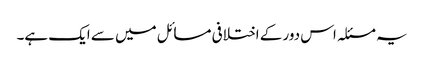
یہ مسئلہ اس دور کے اختلافی مسائل میں سے ایک ہے۔